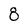
Character: 8